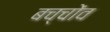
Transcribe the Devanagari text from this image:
बच्चोंव